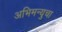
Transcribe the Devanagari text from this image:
अभिमन्युचा